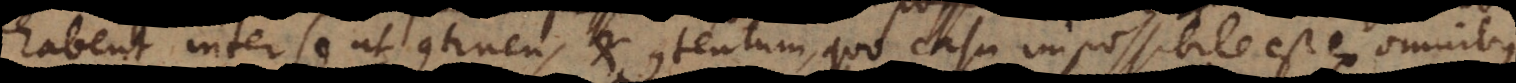
habent inter se ut continens et contentum, quo casu impossibile est ex omnibus